Lunatic asylums Central Provinces reports 1886-1894 - 1886-1894
Year: 1886
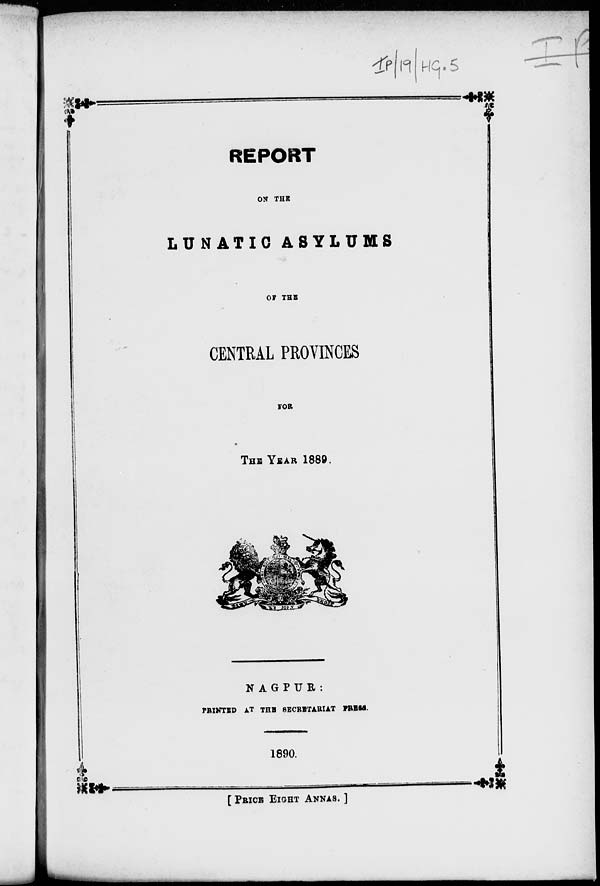
REPORT
ON THE
LUNATIC ASYLUMS
OF THE
CENTRAL PROVINCES
FOR
THE YEAR 1889.
NAGPUR:
PRINTED AT THE SECRETARIAT PRESS.
1890.
[ PRICE EIGHT ANNAS. ]